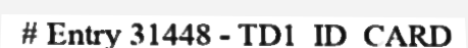
# Entry 31448 - TD1_ID_CARD